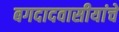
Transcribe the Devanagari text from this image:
बगदादवासीयांचे